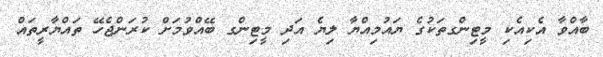
ބާއްވާ އެކިއެކި މީޓިންގތަކުގެ ޔައުމިއްޔާ ލިޔެ އަދި މީޓިންގ ބޭއްވުމަށް ކުރަންޖެހޭ ތައްޔާރީތައް